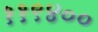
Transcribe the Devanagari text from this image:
११९४००